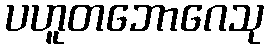
ပဟူတဘောဂေသု